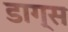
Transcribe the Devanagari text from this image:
डाग्स